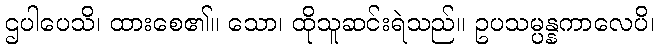
ဌပါပေသိ၊ ထားစေ၏။ သော၊ ထိုသူဆင်းရဲသည်။ ဥပသမ္ပန္နကာလေပိ၊